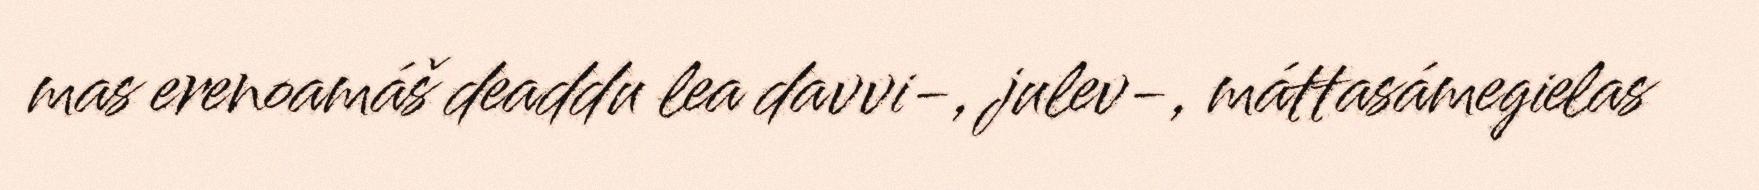
mas erenoamáš deaddu lea davvi-, julev-, máttasámegielas